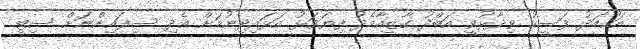
އަހުމަދު ފަސީހު ވިދާޅުވީ އަބްދު ގާޒީއާމެދު ފިޔަވަޅު އަޅައިދިނުމަށް އެދި ސިފައިންނަށް ސިޓީ